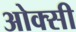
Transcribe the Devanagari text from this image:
ओक्सी